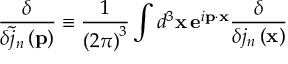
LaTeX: \frac \delta { \delta \tilde { j } _ { n } \left( \mathbf { p } \right) } \equiv \frac 1 { \left( 2 \pi \right) ^ { 3 } } \int d ^ { 3 } \mathbf { x \, e } ^ { i \mathbf { p \cdot x } } \frac \delta { \delta j _ { n } \left( \mathbf { x } \right) }